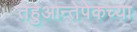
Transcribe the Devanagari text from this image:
तेहुआन्तेपेकच्या